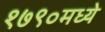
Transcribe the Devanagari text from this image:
१७९०मध्ये